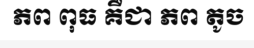
ភព ពុធ គឺជា ភព តូច